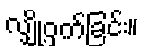
လျှို့ဝှက်ခြင်း။